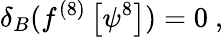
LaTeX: \delta_{B}(f^{(8)}\left[\psi^{8}\right])=0~,